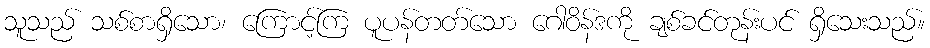
သူသည် သစ်စာရှိသော၊ ကြောင့်ကြ ပူပန်တတ်သော ဂေါဝိန်ဒကို ချစ်ခင်တုန်းပင် ရှိသေးသည်။